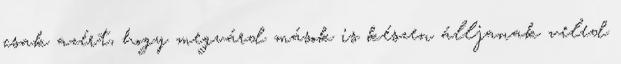
csak azért, hogy megvárd mások is készen álljanak veled